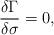
LaTeX: \begin{align*}\frac{\delta\Gamma}{\delta\sigma}=0,\end{align*}